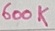
Text: 600K